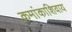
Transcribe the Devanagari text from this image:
क्रमांकाशिवाय